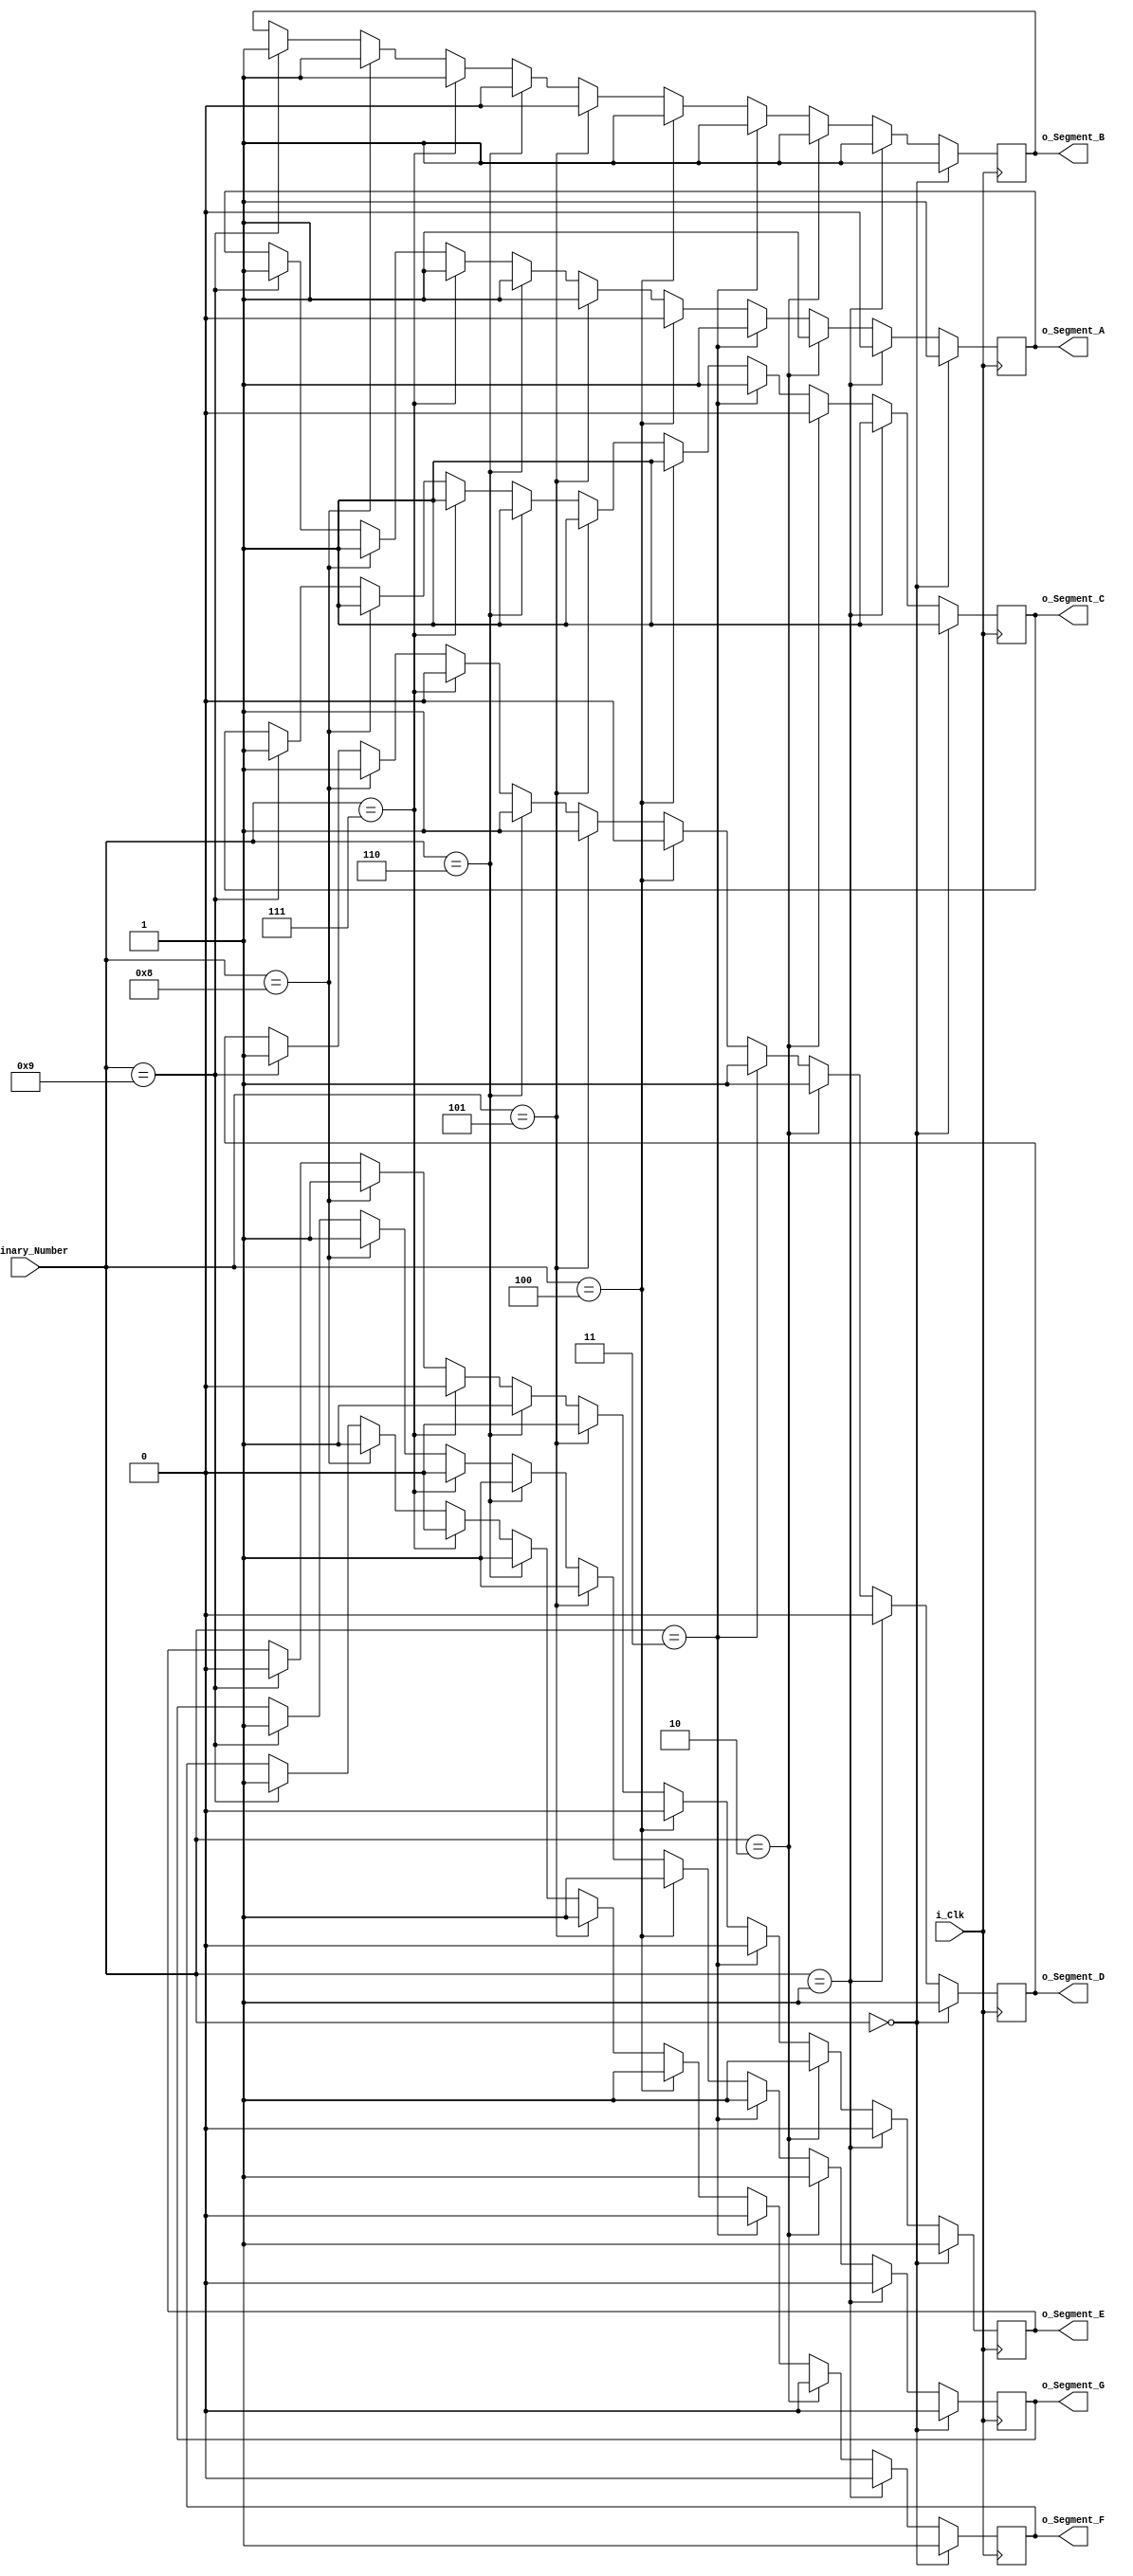
// Descr: Converts 4-bit binary input to output 7-bit output to display the value of the binary input on a 7-segment display

module Binary_To_Seven_Segment
	(input i_Clk,
	input [3:0] i_Binary_Number,
	output o_Segment_A,
	output o_Segment_B,
	output o_Segment_C,
	output o_Segment_D,
	output o_Segment_E,
	output o_Segment_F,
	output o_Segment_G);
	
	reg r_Segment_A = 1'b0;
	reg r_Segment_B = 1'b0;
	reg r_Segment_C = 1'b0;
	reg r_Segment_D = 1'b0;
	reg r_Segment_E = 1'b0;
	reg r_Segment_F = 1'b0;
	reg r_Segment_G = 1'b0;

	always @(posedge i_Clk)
	begin
		if (i_Binary_Number == 0)
		begin
			// Display 0
			r_Segment_A <= 1'b1;
			r_Segment_B <= 1'b1;
			r_Segment_C <= 1'b1;
			r_Segment_D <= 1'b1;
			r_Segment_E <= 1'b1;
			r_Segment_F <= 1'b1;
			r_Segment_G <= 1'b0;	
		end

		else if (i_Binary_Number == 1)
		begin
			// Display 1
			r_Segment_A <= 1'b0;
			r_Segment_B <= 1'b1;
			r_Segment_C <= 1'b1;
			r_Segment_D <= 1'b0;
			r_Segment_E <= 1'b0;
			r_Segment_F <= 1'b0;
			r_Segment_G <= 1'b0;	
		end

		else if (i_Binary_Number == 2)
		begin
			// Display 2
			r_Segment_A <= 1'b1;
			r_Segment_B <= 1'b1;
			r_Segment_C <= 1'b0;
			r_Segment_D <= 1'b1;
			r_Segment_E <= 1'b1;
			r_Segment_F <= 1'b0;
			r_Segment_G <= 1'b1;	
		end	

		else if (i_Binary_Number == 3)
		begin
			// Display 3
			r_Segment_A <= 1'b1;
			r_Segment_B <= 1'b1;
			r_Segment_C <= 1'b1;
			r_Segment_D <= 1'b1;
			r_Segment_E <= 1'b0;
			r_Segment_F <= 1'b0;
			r_Segment_G <= 1'b1;	
		end
		else if (i_Binary_Number == 4)
		begin
			// Display 4
			r_Segment_A <= 1'b0;
			r_Segment_B <= 1'b1;
			r_Segment_C <= 1'b1;
			r_Segment_D <= 1'b0;
			r_Segment_E <= 1'b0;
			r_Segment_F <= 1'b1;
			r_Segment_G <= 1'b1;	
		end

		else if (i_Binary_Number == 5)
		begin
			// Display 5
			r_Segment_A <= 1'b1;
			r_Segment_B <= 1'b0;
			r_Segment_C <= 1'b1;
			r_Segment_D <= 1'b1;
			r_Segment_E <= 1'b0;
			r_Segment_F <= 1'b1;
			r_Segment_G <= 1'b1;	
		end

		else if (i_Binary_Number == 6)
		begin
			// Display 6
			r_Segment_A <= 1'b1;
			r_Segment_B <= 1'b0;
			r_Segment_C <= 1'b1;
			r_Segment_D <= 1'b1;
			r_Segment_E <= 1'b1;
			r_Segment_F <= 1'b1;
			r_Segment_G <= 1'b1;	
		end	

		else if (i_Binary_Number == 7)
		begin
			// Display 7
			r_Segment_A <= 1'b1;
			r_Segment_B <= 1'b1;
			r_Segment_C <= 1'b1;
			r_Segment_D <= 1'b0;
			r_Segment_E <= 1'b0;
			r_Segment_F <= 1'b0;
			r_Segment_G <= 1'b0;	
		end
		
		else if (i_Binary_Number == 8)
		begin
			// Display 8
			r_Segment_A <= 1'b1;
			r_Segment_B <= 1'b1;
			r_Segment_C <= 1'b1;
			r_Segment_D <= 1'b1;
			r_Segment_E <= 1'b1;
			r_Segment_F <= 1'b1;
			r_Segment_G <= 1'b1;	
		end	

		else if (i_Binary_Number == 9)
		begin
			// Display 9
			r_Segment_A <= 1'b1;
			r_Segment_B <= 1'b1;
			r_Segment_C <= 1'b1;
			r_Segment_D <= 1'b1;
			r_Segment_E <= 1'b0;
			r_Segment_F <= 1'b1;
			r_Segment_G <= 1'b1;	
		end
	end
	
	// Assign segment states registers to outputs
	assign o_Segment_A = r_Segment_A;
	assign o_Segment_B = r_Segment_B;
	assign o_Segment_C = r_Segment_C;
	assign o_Segment_D = r_Segment_D;
	assign o_Segment_E = r_Segment_E;
	assign o_Segment_F = r_Segment_F;
	assign o_Segment_G = r_Segment_G;
	
endmodule